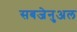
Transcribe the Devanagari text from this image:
सबजेनुअल